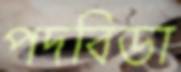
পদবিডা